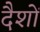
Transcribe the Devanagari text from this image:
दैशों